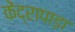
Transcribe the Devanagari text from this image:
केंद्रापाड़ा